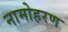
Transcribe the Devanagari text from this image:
नामोहरण